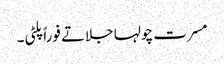
مسرت چولہا جلاتے فوراً پلٹی۔